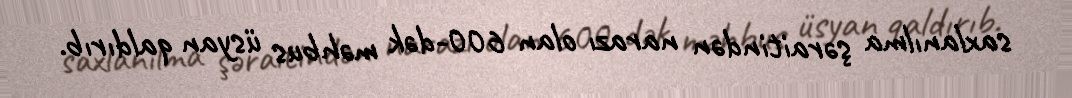
saxlanılma şəraitindən narazı olan 600-dək məhbus üsyan qaldırıb.